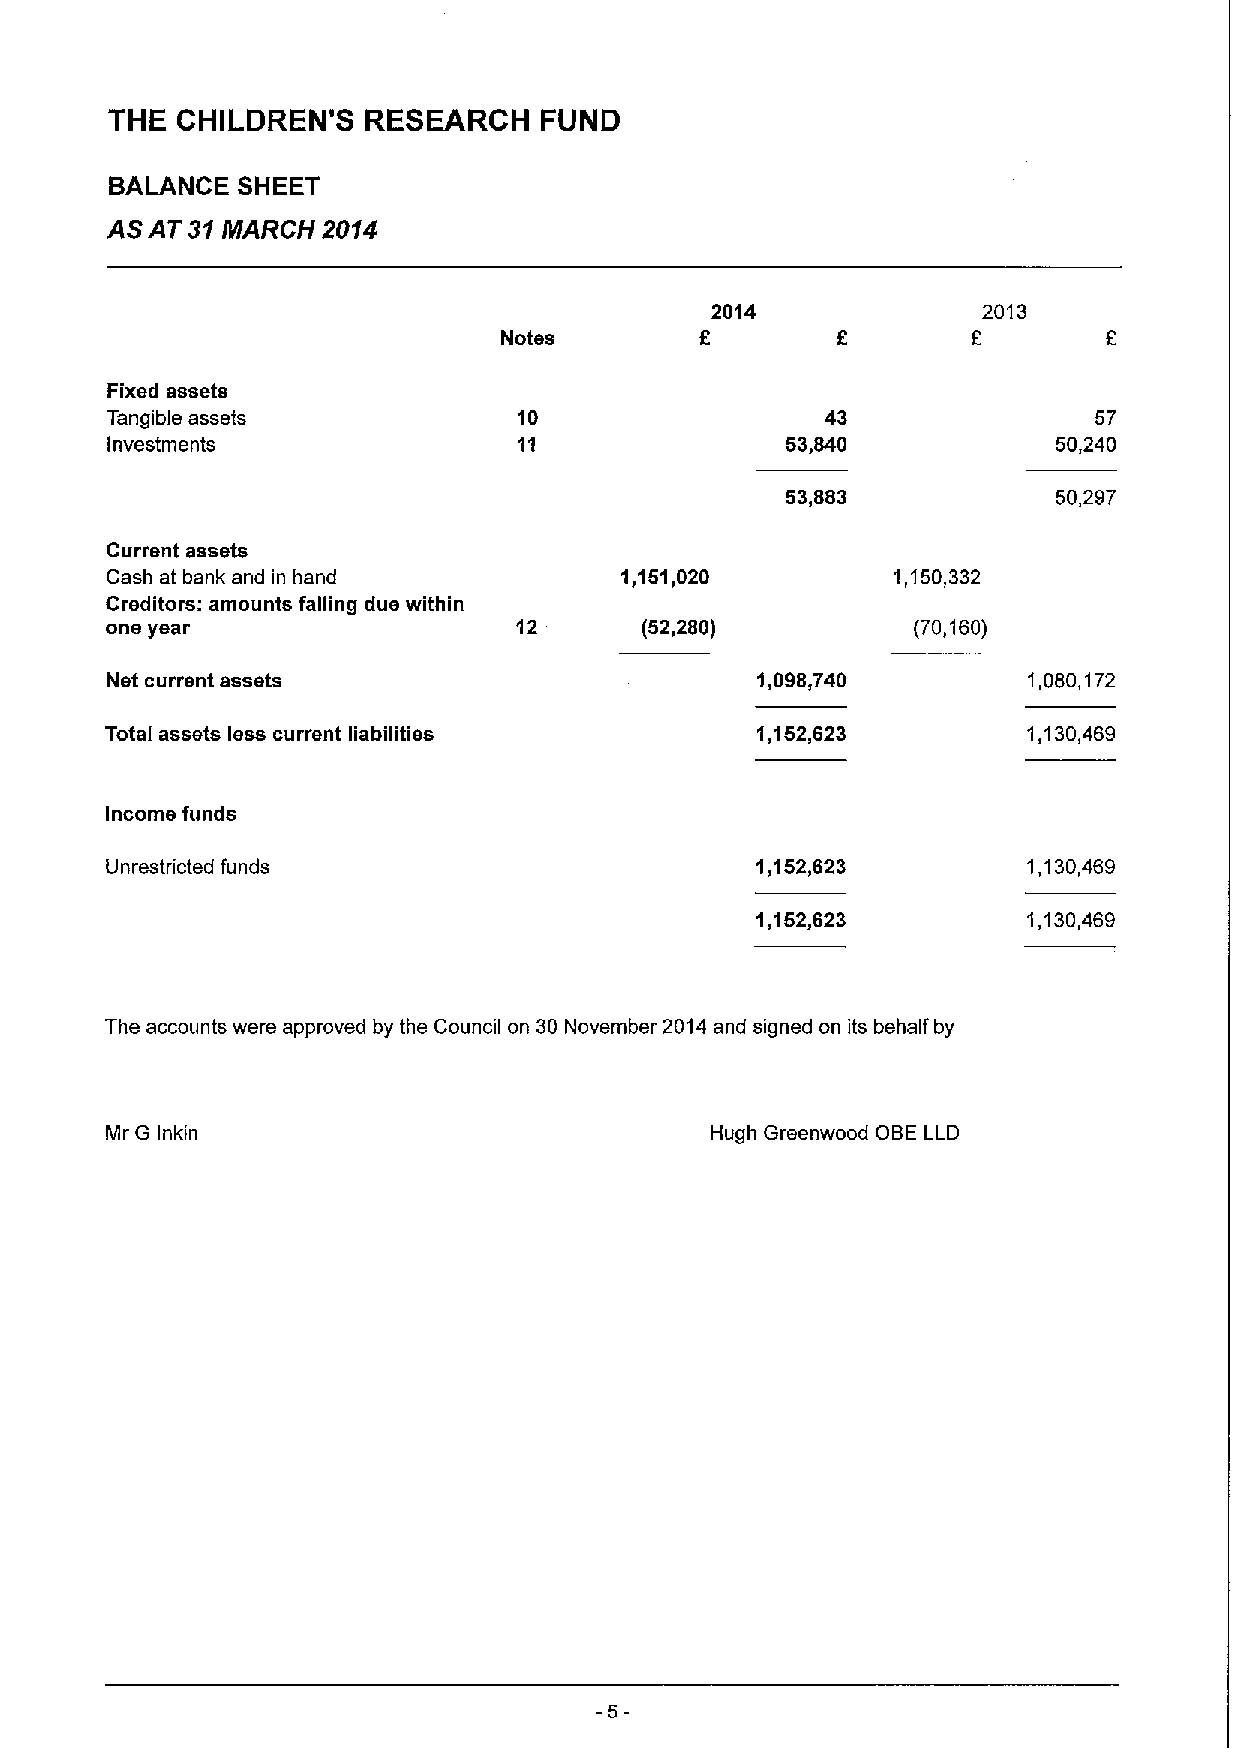
THE  CHILDREN'S  RESEARCH    FUND
 BALANCE  SHEET
 AS AT 31MARCH 2014
 2014              2013
 f                 f
 Notes
 Fixed assets
 Tangible assets            10                   43               57
 Investments                11                53,840            50,240
 53,883            50,297
 Current assets
 Cash at bank and in hand          1,151,020         1,150,332
 Creditors: amounts falling due within
 one year                           (52,280)          (70,160)
 Net current assets                         1,098,740         1,080,172
 Total assets less current liabilities      'l,152,623        1,130,469
 Income funds
 Unrestricted funds                         1,152,623         1,130,469
 1,152,623         1,130,469
 The accounts were approved by the Council on 30 November 2014and signed on ils behalf by
 Mr G inkin                              Hugh Greenwood OBE LLD